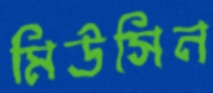
মিউসিন